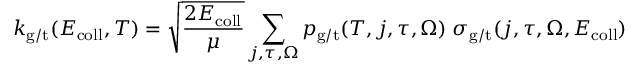
k _ { \mathrm { g / t } } ( E _ { \mathrm { c o l l } } , T ) = \sqrt { \frac { 2 E _ { \mathrm { c o l l } } } { \mu } } \sum _ { j , \tau , \Omega } p _ { \mathrm { g / t } } ( T , j , \tau , \Omega ) \; \sigma _ { \mathrm { g / t } } ( j , \tau , \Omega , E _ { \mathrm { c o l l } } )